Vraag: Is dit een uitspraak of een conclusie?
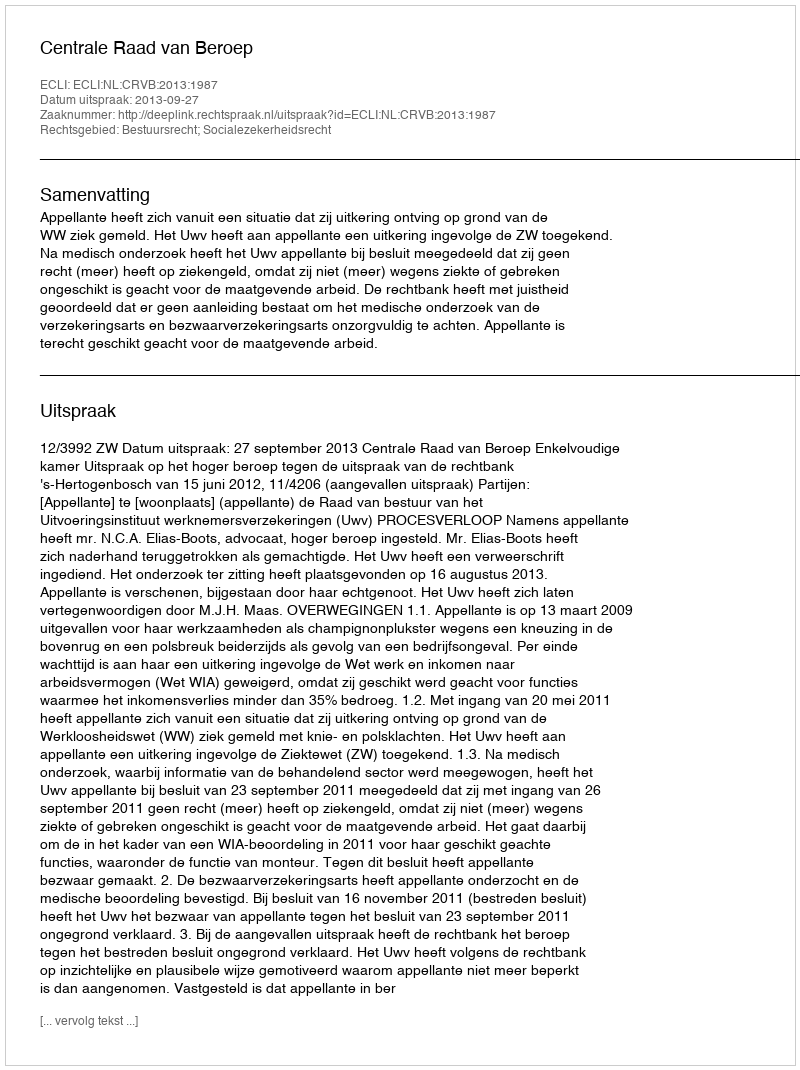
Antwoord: Uitspraak